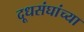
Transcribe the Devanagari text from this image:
दूधसंघांच्या